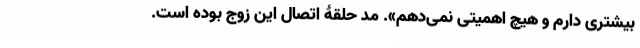
بیشتری دارم و هیچ اهمیتی نمی‌دهم». مُد حلقۀ اتصال این زوج بوده است.